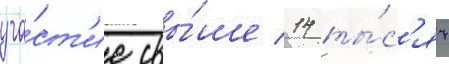
уча́ст'ие свы́ше 14 ты́с'яч